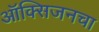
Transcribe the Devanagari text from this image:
ऑक्‍सिजनचा